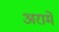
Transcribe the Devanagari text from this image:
अरामे